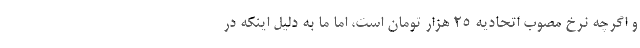
و اگرچه نرخ مصوب اتحادیه ۲۵ هزار تومان است، اما ما به دلیل اینکه در